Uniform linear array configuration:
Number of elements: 24
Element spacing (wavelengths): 1
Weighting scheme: blackman
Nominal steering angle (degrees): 30
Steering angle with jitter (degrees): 28.853
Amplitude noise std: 0.05
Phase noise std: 0.05

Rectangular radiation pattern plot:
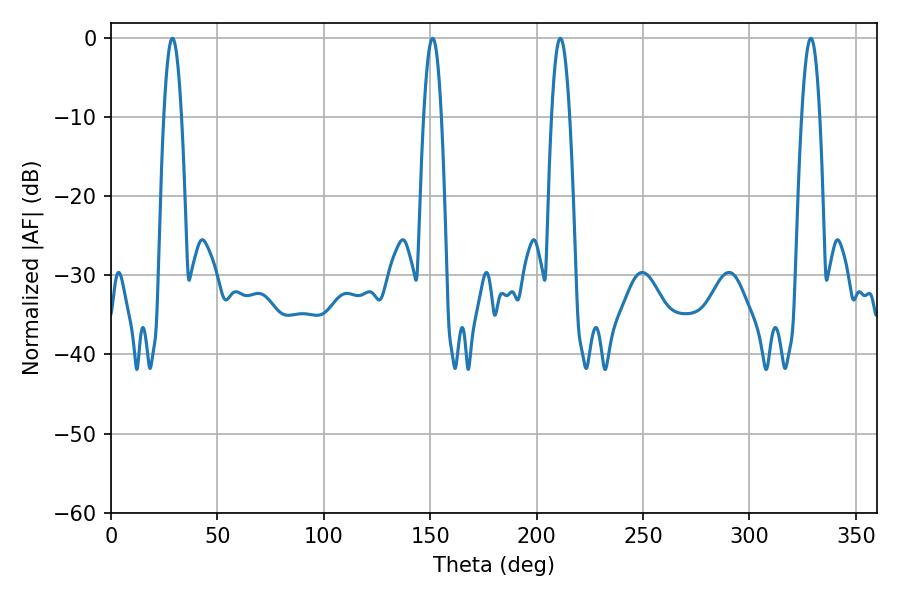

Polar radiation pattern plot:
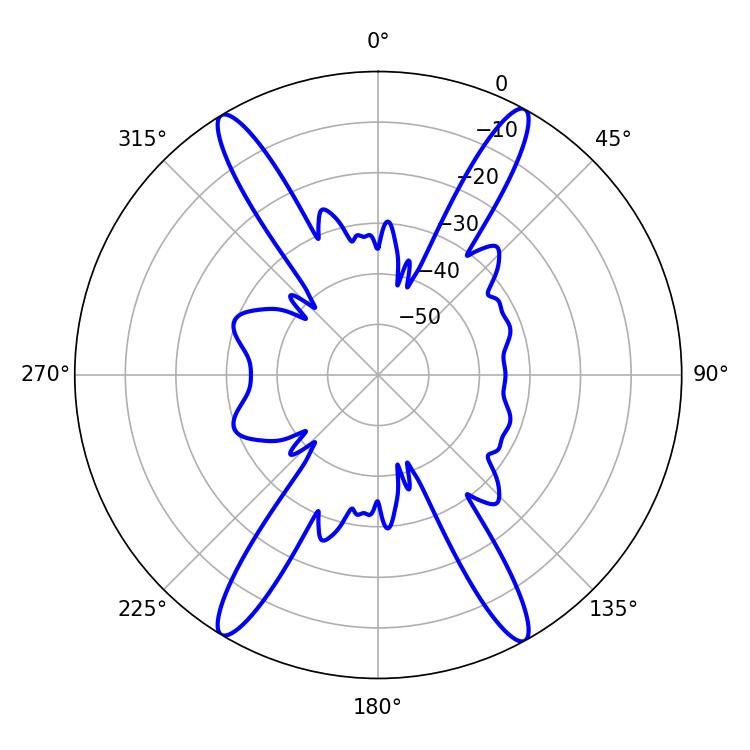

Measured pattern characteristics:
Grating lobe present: TRUE
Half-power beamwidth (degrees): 4.68
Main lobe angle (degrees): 211.14